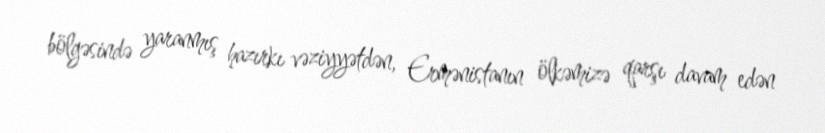
bölgəsində yaranmış hazırkı vəziyyətdən, Ermənistanın ölkəmizə qarşı davam edən